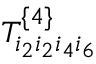
T _ { i _ { 2 } i _ { 2 } i _ { 4 } i _ { 6 } } ^ { \{ 4 \} }